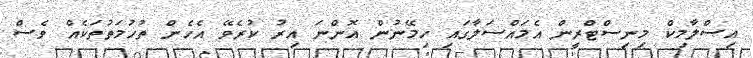
އިސްލާމިކް މިނިސްޓްރީން އެމައްސަލާގައި ހިމޭނުން އޮންނަ އިރު ކުރެވޭ އެހެން ތުހުމަތުތަކެއް ވެސް